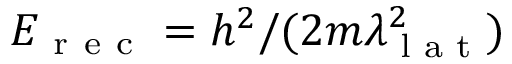
E _ { \mathrm { ~ r ~ e ~ c ~ } } = h ^ { 2 } / ( 2 m \lambda _ { \textrm { l a t } } ^ { 2 } )